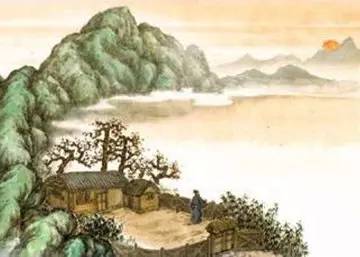
倚杖柴门外，临风听暮蝉。